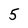
Character: 5